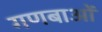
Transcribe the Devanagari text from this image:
गणबाओं